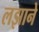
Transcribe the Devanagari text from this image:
लझाने